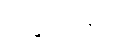
ပဋိစ္ဆာဒေန္တဿ